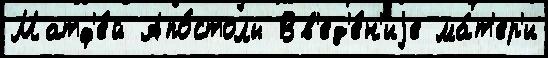
Матф'е́й Апо́столы Вв'ед'е́н'иjе ма́т'ер'и